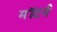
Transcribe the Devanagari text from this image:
मॉटर्न